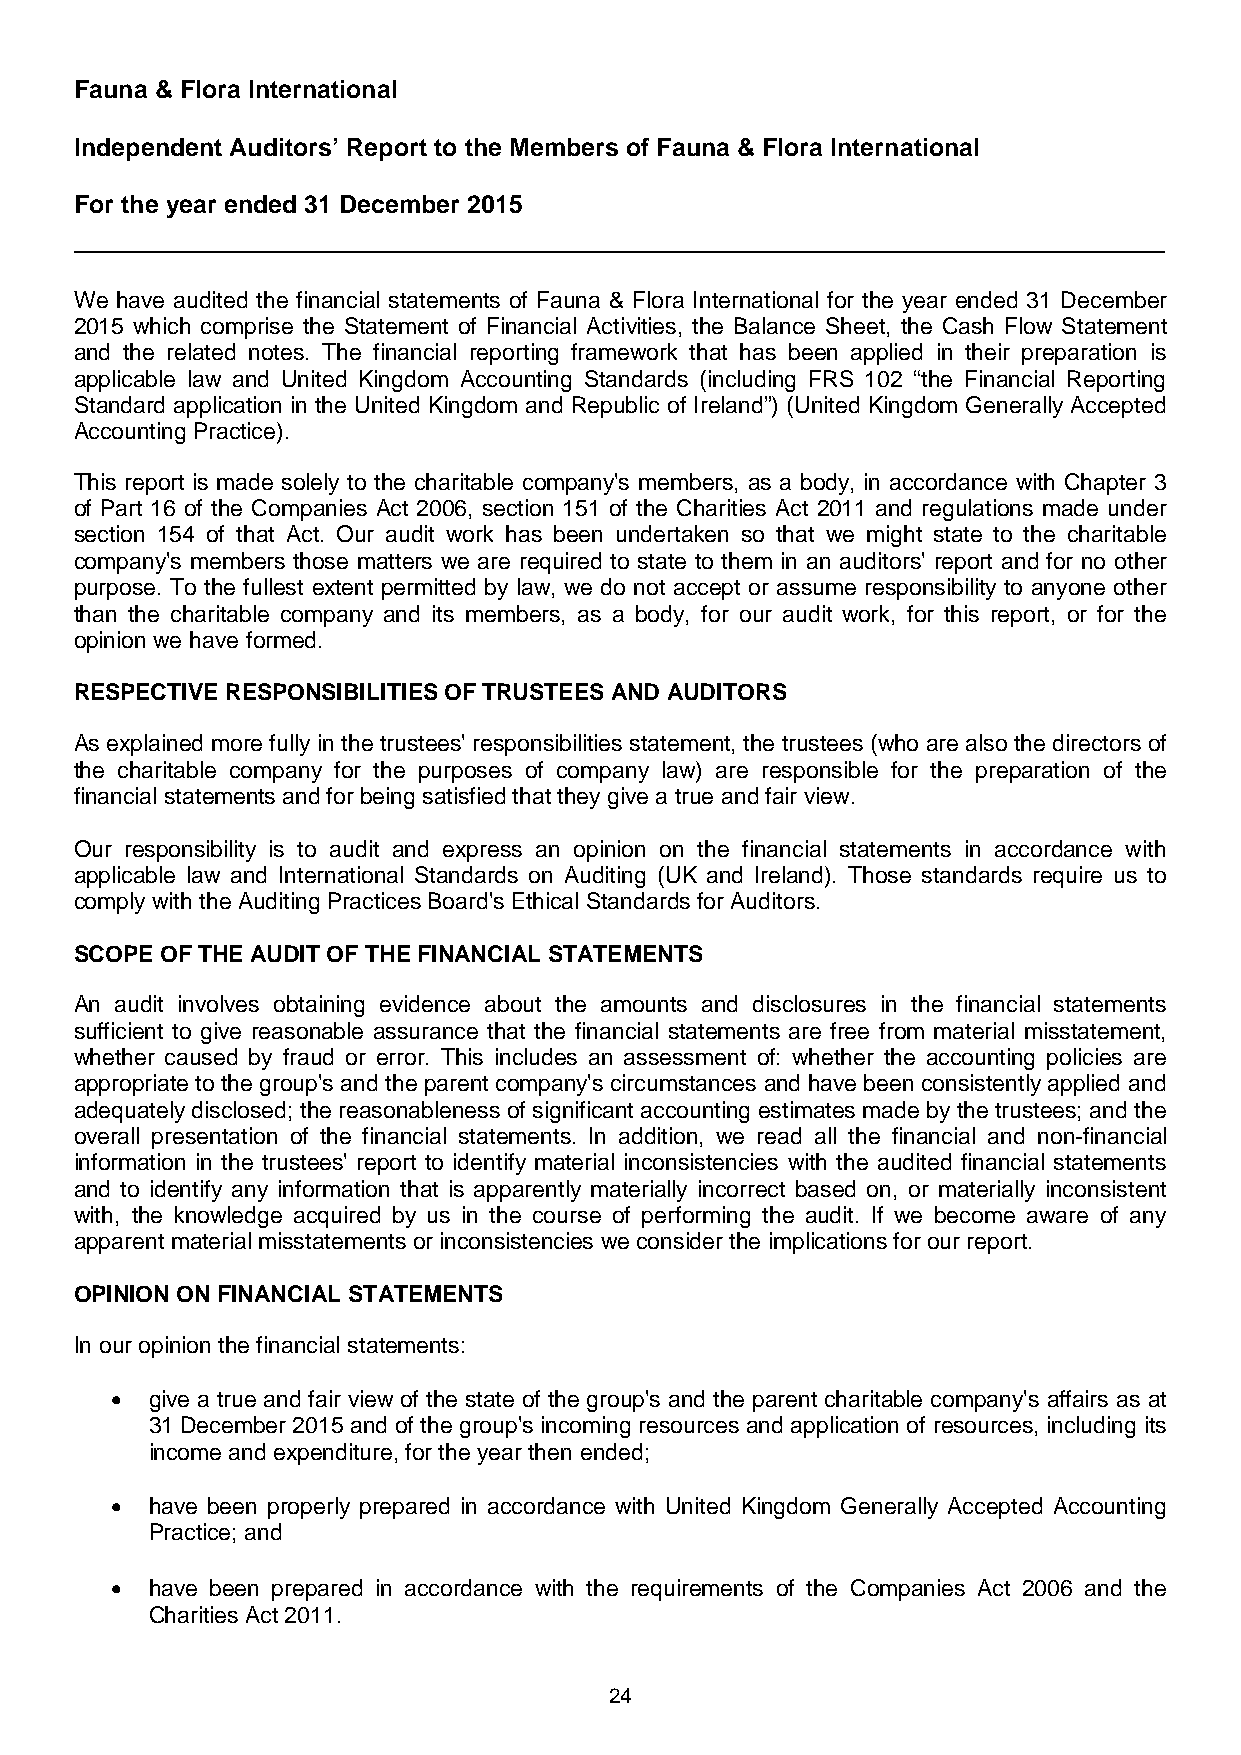
Fauna & Flora International
 Independent Auditors’ Report to the Members of Fauna & Flora International
 For the year ended 31 December 2015
 We have audited the financial statements of Fauna & Flora International for the year ended 31 December
 2015 which comprise the Statement of Financial Activities, the Balance Sheet, the Cash Flow Statement
 and the related notes. The financial reporting framework that has been applied in their preparation is
 applicable law and United Kingdom Accounting Standards (including FRS 102 “the Financial Reporting
 Standard application in the United Kingdom and Republic of Ireland”) (United Kingdom Generally Accepted
 Accounting Practice).
 This report is made solely to the charitable company's members, as a body, in accordance with Chapter 3
 of Part 16 of the Companies Act 2006, section 151 of the Charities Act 2011 and regulations made under
 section 154 of that Act. Our audit work has been undertaken so that we might state to the charitable
 company's members those matters we are required to state to them in an auditors' report and for no other
 purpose. To the fullest extent permitted by law, we do not accept or assume responsibility to anyone other
 than the charitable company and its members, as a body, for our audit work, for this report, or for the
 opinion we have formed.
 RESPECTIVE RESPONSIBILITIES OF TRUSTEES AND AUDITORS
 As explained more fully in the trustees' responsibilities statement, the trustees (who are also the directors of
 the charitable company for the purposes of company law) are responsible for the preparation of the
 financial statements and for being satisfied that they give a true and fair view.
 Our responsibility is to audit and express an opinion on the financial statements in accordance with
 applicable law and International Standards on Auditing (UK and Ireland). Those standards require us to
 comply with the Auditing Practices Board's Ethical Standards for Auditors.
 SCOPE OF THE AUDIT OF THE FINANCIAL STATEMENTS
 An audit involves obtaining evidence about the amounts and disclosures in the financial statements
 sufficient to give reasonable assurance that the financial statements are free from material misstatement,
 whether caused by fraud or error. This includes an assessment of: whether the accounting policies are
 appropriate to the group's and the parent company's circumstances and have been consistently applied and
 adequately disclosed; the reasonableness of significant accounting estimates made by the trustees; and the
 overall presentation of the financial statements. In addition, we read all the financial and non-financial
 information in the trustees' report to identify material inconsistencies with the audited financial statements
 and to identify any information that is apparently materially incorrect based on, or materially inconsistent
 with, the knowledge acquired by us in the course of performing the audit. If we become aware of any
 apparent material misstatements or inconsistencies we consider the implications for our report.
 OPINION ON FINANCIAL STATEMENTS
 In our opinion the financial statements:
 •  give a true and fair view of the state of the group's and the parent charitable company's affairs as at
 31 December 2015 and of the group's incoming resources and application of resources, including its
 income and expenditure, for the year then ended;
 •  have been properly prepared in accordance with United Kingdom Generally Accepted Accounting
 Practice; and
 •  have been prepared in accordance with the requirements of the Companies Act 2006 and the
 Charities Act 2011.
 24